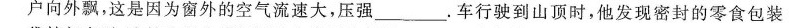
户向外飘，这是因为窗外的空气流速大，压强____。车行驶到山顶时，他发现密封的零食包装